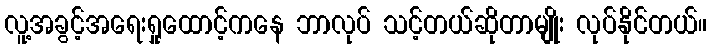
လူ့အခွင့်အရေးရှုထောင့်ကနေ ဘာလုပ် သင့်တယ်ဆိုတာမျိုး လုပ်နိုင်တယ်။